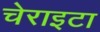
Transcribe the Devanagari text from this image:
चेराइटा